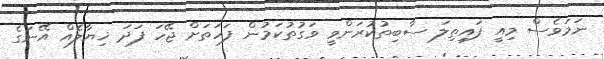
ނަމަވެސް މިއީ ފައިތިލަ ސާބިތުކުރަންވީ ވަގުތުކަމުން ފަހަތަށް ޖޭހަ ފަދަ ޚިޔާލެއް އޭނަގެ